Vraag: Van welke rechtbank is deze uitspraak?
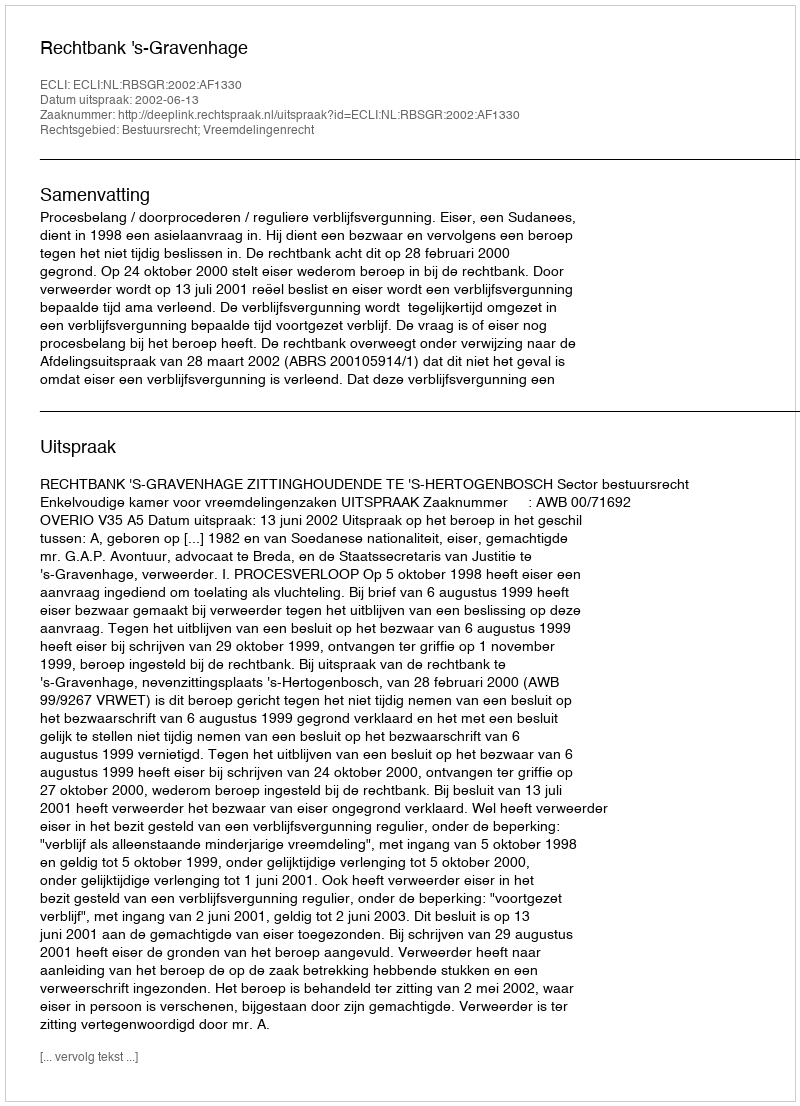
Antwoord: Rechtbank 's-Gravenhage